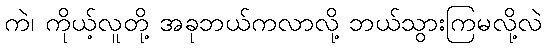
ကဲ၊ ကိုယ့်လူတို့ အခုဘယ်ကလာလို့ ဘယ်သွားကြမလို့လဲ